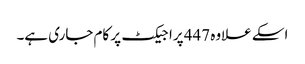
اسکے علاوہ 447 پراجیکٹ پر کام جاری ہے۔